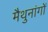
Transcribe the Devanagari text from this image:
मैथुनांगों